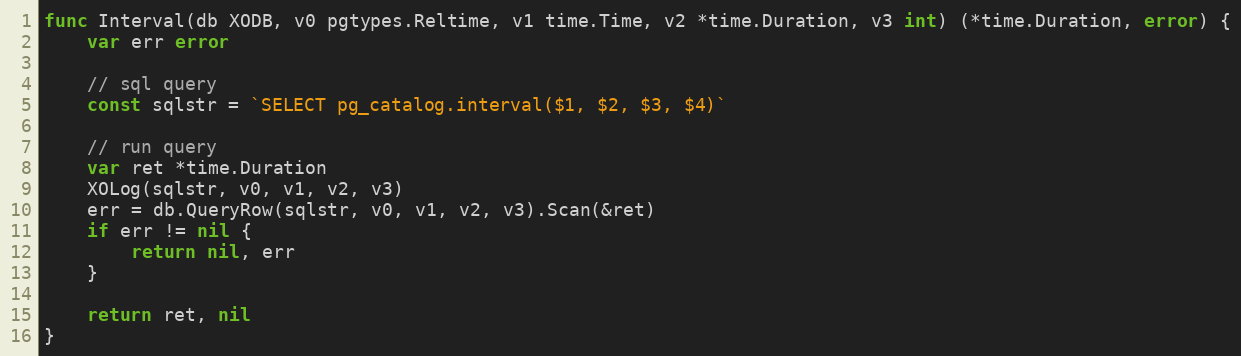
Language: Go
func Interval(db XODB, v0 pgtypes.Reltime, v1 time.Time, v2 *time.Duration, v3 int) (*time.Duration, error) {
	var err error

	// sql query
	const sqlstr = `SELECT pg_catalog.interval($1, $2, $3, $4)`

	// run query
	var ret *time.Duration
	XOLog(sqlstr, v0, v1, v2, v3)
	err = db.QueryRow(sqlstr, v0, v1, v2, v3).Scan(&ret)
	if err != nil {
		return nil, err
	}

	return ret, nil
}